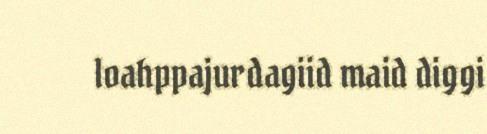
loahppajurdagiid maid diggi